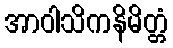
အာဝါသိကနိမိတ္တံ